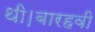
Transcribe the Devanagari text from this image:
थी।बारहवी